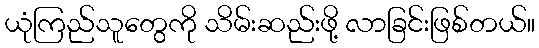
ယုံကြည်သူတွေကို သိမ်းဆည်းဖို့ လာခြင်းဖြစ်တယ်။